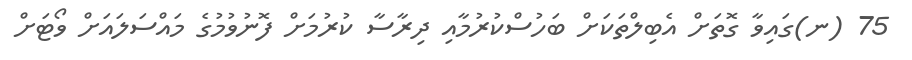
75 (ނ)ގައިވާ ގޮތަށް އެބިލްތަކަށް ބަހުސްކުރުމާއި ދިރާސާ ކުރުމަށް ފޮނުވުމުގެ މައްސަލައަށް ވޯޓަށް